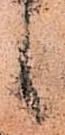
候